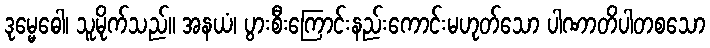
ဒုမ္မေဓေါ၊ သူမိုက်သည်။ အနယံ၊ ပွားစီးကြောင်းနည်းကောင်းမဟုတ်သော ပါဏာတိပါတစသော